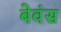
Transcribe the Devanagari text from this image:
बेवंस